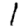
Digit: 1